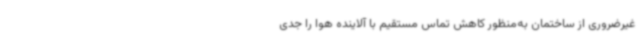
غیرضروری از ساختمان به‌منظور کاهش تماس مستقیم با آلاینده هوا را جدی